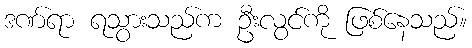
ဒဏ်ရာ ရသွားသည်က ဦးလွင်ကို ဖြစ်နေသည်။